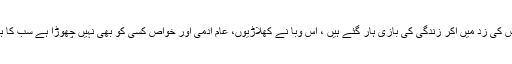
کھیلوں کے کئی کھلاڑی بھی اس کی زد میں آکر زندگی کی بازی ہار گئے ہیں ، اس وبا نے کھلاڑیوں، عام آدمی اور خواص کسی کو بھی نہیں چھوڑا ہے سب کا بے رحمی سے پیچھا کررہا ہے۔